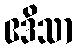
ဧဒိသာ